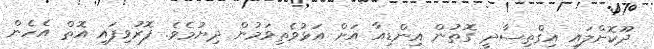
ދޫކޮށްލައި އިގްތިސާދީ ގޮތުން އިންޑިއާ އަށް އަޅުވެތިވަމުން ދިޔުމެވެ. ފޮރުވިފައި އޮތް އެހެން